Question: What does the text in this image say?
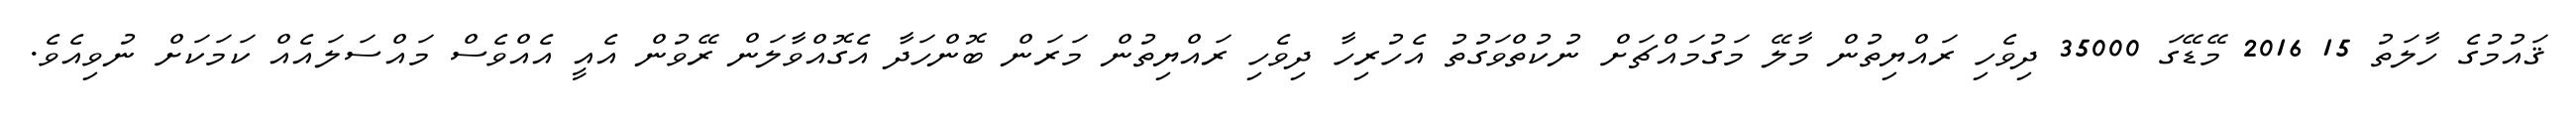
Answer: ޤައުމުގެ ހާލަތު 15 2016 މޭޑޭގަ 35000 ދިވެހި ރައްޔިތުން މާލޭ މަގުމައްޗަށް ނުކުތްވަގުތު އެހުރިހާ ދިވެހި ރައްޔިތުން މަރަން ބޮންހަދާ އެގޮއްވާލަން ރޭވުން އެއީ އެއްވެސް މައްސަލައެއް ކަމަކަށް ނުވިއެވެ.